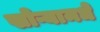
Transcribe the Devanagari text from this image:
खोऱ्यामधे